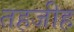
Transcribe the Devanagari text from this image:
तहजीह